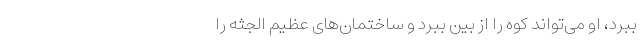
ببرد، او می‌تواند کوه را از بین ببرد و ساختمان‌های عظیم الجثه را